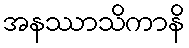
အနဿာသိကာနိ